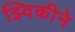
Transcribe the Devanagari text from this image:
झ्विकीने